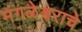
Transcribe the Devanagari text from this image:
मंगळेश्वराचे